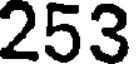
253